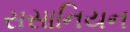
સસાનિયન